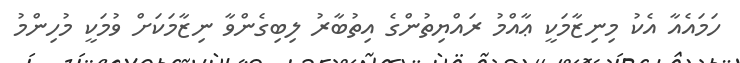
ހަމައެއާ އެކު މިނިޒާމަކީ ޢާއްމު ރައްޔިތުންގެ އިތުބާރު ލިބިގެންވާ ނިޒާމަކަށް ވުމަކީ މުހިންމު